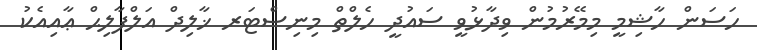
ހަސަން ހާޝިމީ މިމޭރުމުން ވިދާޅުވީ ސައުދީ ހެލްތް މިނިސްޓަރ ޚާލިދް އަލްފާލިޙް ޢާއިއެކު